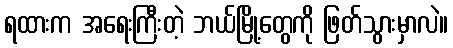
ရထားက အရေးကြီးတဲ့ ဘယ်မြို့တွေကို ဖြတ်သွားမှာလဲ။